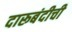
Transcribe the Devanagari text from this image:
दारूबंदीची